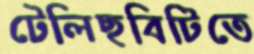
টেলিছবিটিতে